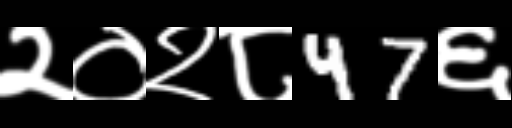
Text: २०२८47६